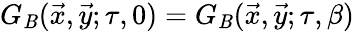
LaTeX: G_{\mathit{B}}(\vec{{x}},\vec{{y}};\tau,0)=G_{\mathit{B}}(\vec{{x}},\vec{{y}};\tau,\beta)